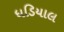
ધડિયાલ